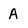
Character: A